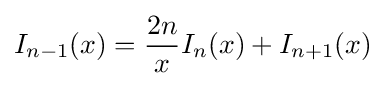
I_{n-1}(x)={\frac {2n}{x}}I_{n}(x)+I_{n+1}(x)